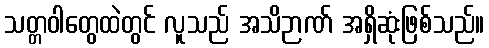
သတ္တဝါတွေထဲတွင် လူသည် အသိဉာဏ် အရှိဆုံးဖြစ်သည်။